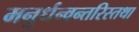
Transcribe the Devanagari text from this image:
मनुर्धन्वन्तरिस्तथा